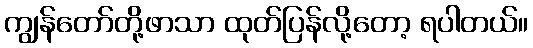
ကျွန်တော်တို့ဖာသာ ထုတ်ပြန်လို့တော့ ရပါတယ်။